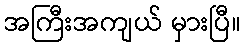
အကြီးအကျယ် မှားပြီ။